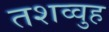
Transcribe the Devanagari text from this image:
तशव्वुह